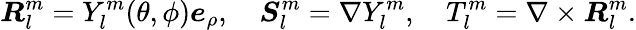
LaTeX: \boldsymbol{R}_{l}^{m}=Y_{l}^{m}(\theta,\phi)\boldsymbol{e}_{\rho},\quad\boldsymbol{S}_{l}^{m}=\nabla Y_{l}^{m},\quad T_{l}^{m}=\nabla\times\boldsymbol{R}_{l}^{m}.